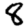
Digit: 8